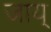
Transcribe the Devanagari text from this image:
जाय्